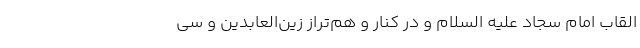
القاب امام سجاد علیه السلام و در کنار و هم‌تراز زین‌العابدین و سی